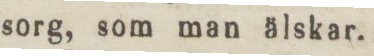
sorg, som man älskar.